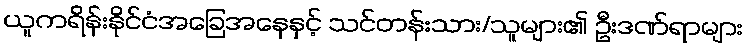
ယူကရိန်းနိုင်ငံအခြေအနေနှင့် သင်တန်းသား/သူများ၏ ဦးဒဏ်ရာများ